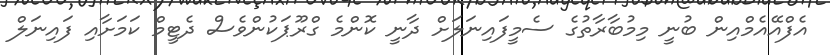
އެފްއޭއެމްއިން ބުނީ މިމުބާރާތުގެ ސެމީފައިނަލަށް ދާނީ ކޮންމެ ގްރޫޕަކުންވެސް ދެޓީމް ކަަމަށާއި ފައިނަލް